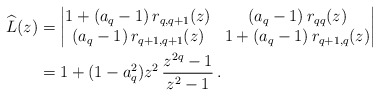
\begin{align*}\widehat L(z) &=\begin{vmatrix}1+(a_q-1)\, r_{q,q+1}(z) & (a_q-1)\, r_{qq}(z) \\(a_q-1)\, r_{q+1,q+1}(z) & 1+(a_q-1)\, r_{q+1,q}(z)\end{vmatrix}\\&=1+(1-a_q^2) z^2\,\frac{z^{2q}-1}{z^2-1}\,.\end{align*}